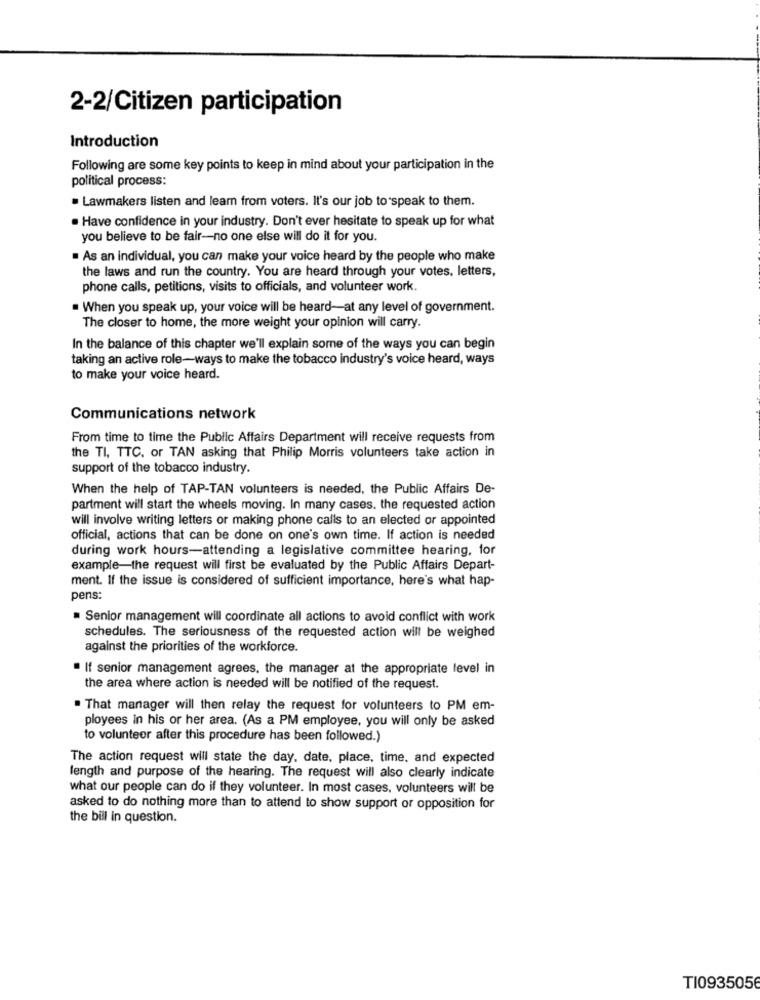
2-2/Citizen participation
Introduction
Following are some key points to keep in mind about your participation in the
political process:
. Lawmakers listen and learn from voters. It's our job to speak to them.
. Have confidence in your industry. Don't ever hesitate to speak up for what
you believe to be fair-no one else will do it for you.
. As an individual, you can make your voice heard by the people who make
the laws and run the country. You are heard through your votes, letters,
phone calls, petitions, visits to officials, and volunteer work.
When you speak up, your voice will be heard-at any level of government.
The closer to home, the more weight your opinion will carry.
In the balance of this chapter we'll explain some of the ways you can begin
taking an active role-ways to make the tobacco industry's voice heard, ways
to make your voice heard.
Communications network
From time to time the Public Affairs Department will receive requests from
the TI, TTC. or TAN asking that Philip Morris volunteers take action in
support of the tobacco industry.
When the help of TAP-TAN volunteers is needed, the Public Affairs De-
partment will start the wheels moving. In many cases. the requested action
will involve writing letters or making phone calls to an elected or appointed
official, actions that can be done on one's own time. If action is needed
during work hours-attending a legislative committee hearing, for
example-the request will first be evaluated by the Public Affairs Depart-
ment. If the issue is considered of sufficient importance, here's what hap-
pens:
Senior management will coordinate all actions to avoid conflict with work
schedules. The seriousness of the requested action will be weighed
against the priorities of the workforce.
. If senior management agrees, the manager at the appropriate level in
the area where action is needed will be notified of the request.
. That manager will then relay the request for volunteers to PM em-
ployees in his or her area. (As a PM employee, you will only be asked
to volunteer after this procedure has been followed.)
The action request will state the day, date, place, time, and expected
length and purpose of the hearing. The request will also clearly indicate
what our people can do if they volunteer. In most cases, volunteers will be
asked to do nothing more than to attend to show support or opposition for
the bill in question.
TI0935056